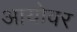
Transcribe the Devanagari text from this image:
आयोवर